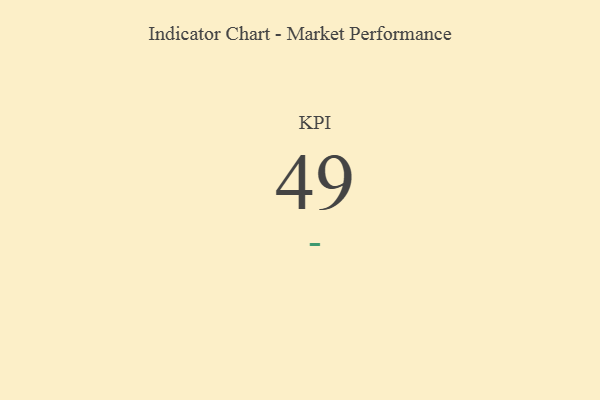
{"axis": {"x": "KPI", "y": "Value"}, "legend": [""], "data": [{"x": "KPI", "y": 49, "type": ""}]}